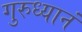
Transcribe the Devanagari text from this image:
गुरुध्यानं